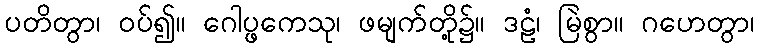
ပတိတွာ၊ ဝပ်၍။ ဂေါပ္ဖကေသု၊ ဖမျက်တို့၌။ ဒဠံ၊ မြဲစွာ။ ဂဟေတွာ၊